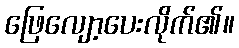
ဖြေလျော့ပေးလိုက်၏။